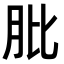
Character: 肶